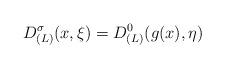
LaTeX: \begin{align*}D_{(L)}^\sigma(x,\xi)= D^0_{(L)}(g(x), \eta)\end{align*}